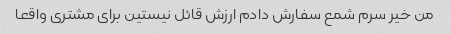
من خیر سرم شمع سفارش دادم ارزش قائل نیستین برای مشتری واقعا